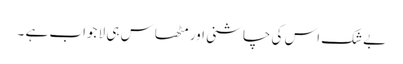
بےشک اس کی چاشنی اور مٹھاس ہی لا جواب ہے ۔